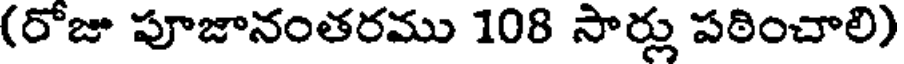
(రోజు పూజానంతరము 108 సార్లు పఠించాలి)